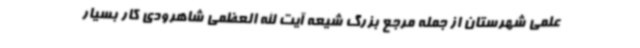
علمی شهرستان از جمله مرجع بزرگ شیعه آیت الله العظمی شاهرودی کار بسیار